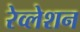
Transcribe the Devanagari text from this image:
रेव्लेशन